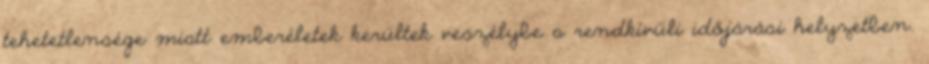
tehetetlensége miatt emberéletek kerültek veszélybe a rendkívüli időjárási helyzetben.